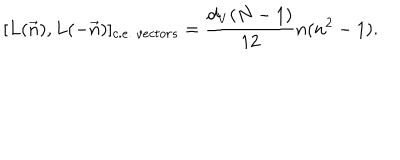
LaTeX: [ L ( \vec { n } ) , L ( - \vec { n } ) ] _ { c . e . \ v e c t o r s } = \frac { d _ { V } ( N - 1 ) } { 1 2 } n ( n ^ { 2 } - 1 ) .